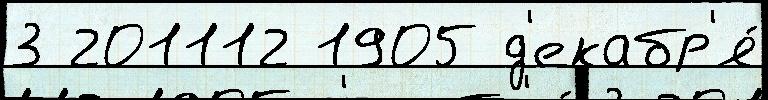
3 201112 1905 д'екабр'я́